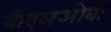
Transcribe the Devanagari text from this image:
बीएलओबी